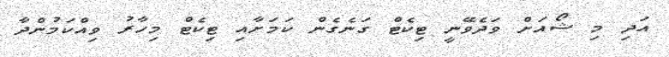
އަދި މި ޝޯއަށް ވަދެވޭނީ ޓިކެޓް ގަނެގެން ކަމަށާއި ޓިކެޓް މިހާރު ވިއްކަމުންދާ